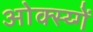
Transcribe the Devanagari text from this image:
ओक्स्य्गें